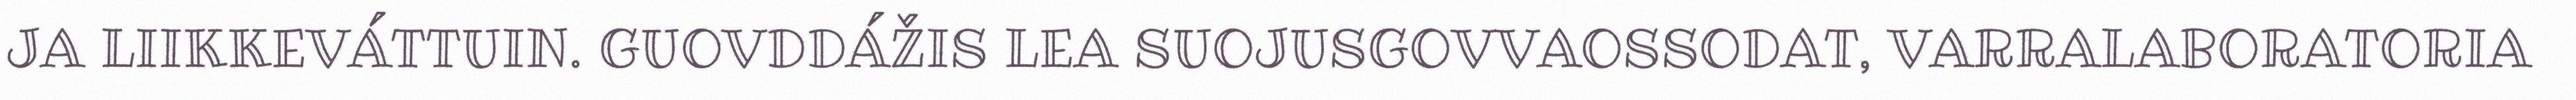
JA LIIKKEVÁTTUIN. GUOVDDÁŽIS LEA SUOJUSGOVVAOSSODAT, VARRALABORATORIA